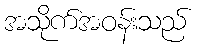
အသိုက်အဝန်းသည်